Indian journal of veterinary science and animal husbandry - Volume 1,
Year: 1931
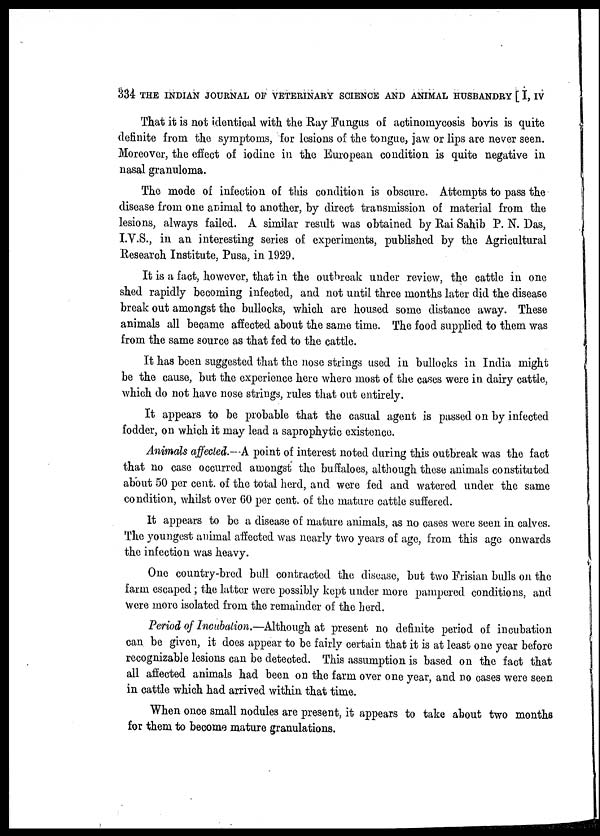
334 THE INDIAN JOURNAL OF VETERINARY SCIENCE AND ANIMAL HUSBANDRY [ I, IV
That it is not identical with the Ray Fungus of actinomycosis bovis is quite
definite from the symptoms, for lesions of the tongue, jaw or lips are never seen.
Moreover, the effect of iodine in the European condition is quite negative in
nasal granuloma.
The mode of infection of this condition is obscure. Attempts to pass the
disease from one animal to another, by direct transmission of material from the
lesions, always failed. A similar result was obtained by Rai Sahib P. N. Das,
I.V.S., in an interesting series of experiments, published by the Agricultural
Research Institute, Pusa, in 1929.
It is a fact, however, that in the outbreak under review, the cattle in one
shed rapidly becoming infected, and not until three months later did the disease
break out amongst the bullocks, which are housed some distance away. These
animals all became affected about the same time. The food supplied to them was
from the same source as that fed to the cattle.
It has been suggested that the nose strings used in bullocks in India might
be the cause, but the experience here where most of the cases were in dairy cattle,
which do not have nose strings, rules that out entirely.
It appears to be probable that the casual agent is passed on by infected
fodder, on which it may lead a saprophytic existence.
Animals affected.-A point of interest noted during this outbreak was the fact
that no case occurred amongst the buffaloes, although these animals constituted
about 50 per cent. of the total herd, and were fed and watered under the same
condition, whilst over 60 per cent. of the mature cattle suffered.
It appears to be a disease of mature animals, as no cases were seen in calves.
The youngest animal affected was nearly two years of age, from this age onwards
the infection was heavy.
One country-bred bull contracted the disease, but two Frisian bulls on the
farm escaped ; the latter were possibly kept under more pampered conditions, and
were more isolated from the remainder of the herd.
Period of Incubation.—Although at present no definite period of incubation
can be given, it does appear to be fairly certain that it is at least one year before
recognizable lesions can be detected. This assumption is based on the fact that
all affected animals had been on the farm over one year, and no cases were seen
in cattle which had arrived within that time.
When once small nodules are present, it appears to take about two months
for them to become mature granulations.